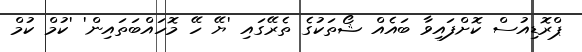
ޕްރޮޑިއުސް ކޮށްފައިވާ ބައެއް ޝޯތަކުގެ ތެރޭގައި 'ޔޭ ހޭ މޮހައްބަތައިން' 'ކުމް ކުމް